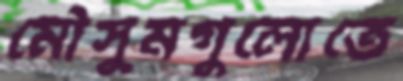
মৌসুমগুলোতে